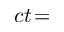
c t \! =